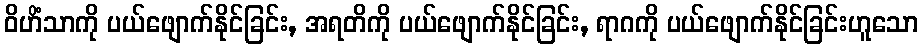
ဝိဟိံသာကို ပယ်ဖျောက်နိုင်ခြင်း, အရတိကို ပယ်ဖျောက်နိုင်ခြင်း, ရာဂကို ပယ်ဖျောက်နိုင်ခြင်းဟူသော